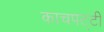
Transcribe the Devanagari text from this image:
काचपट्टी